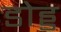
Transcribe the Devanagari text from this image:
डोड्ड